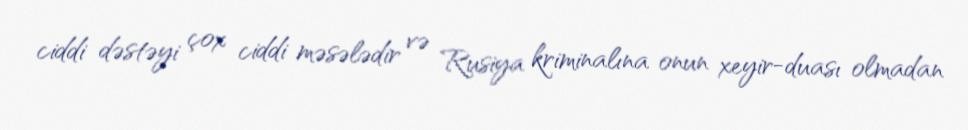
ciddi dəstəyi çox ciddi məsələdir və Rusiya kriminalına onun xeyir-duası olmadan